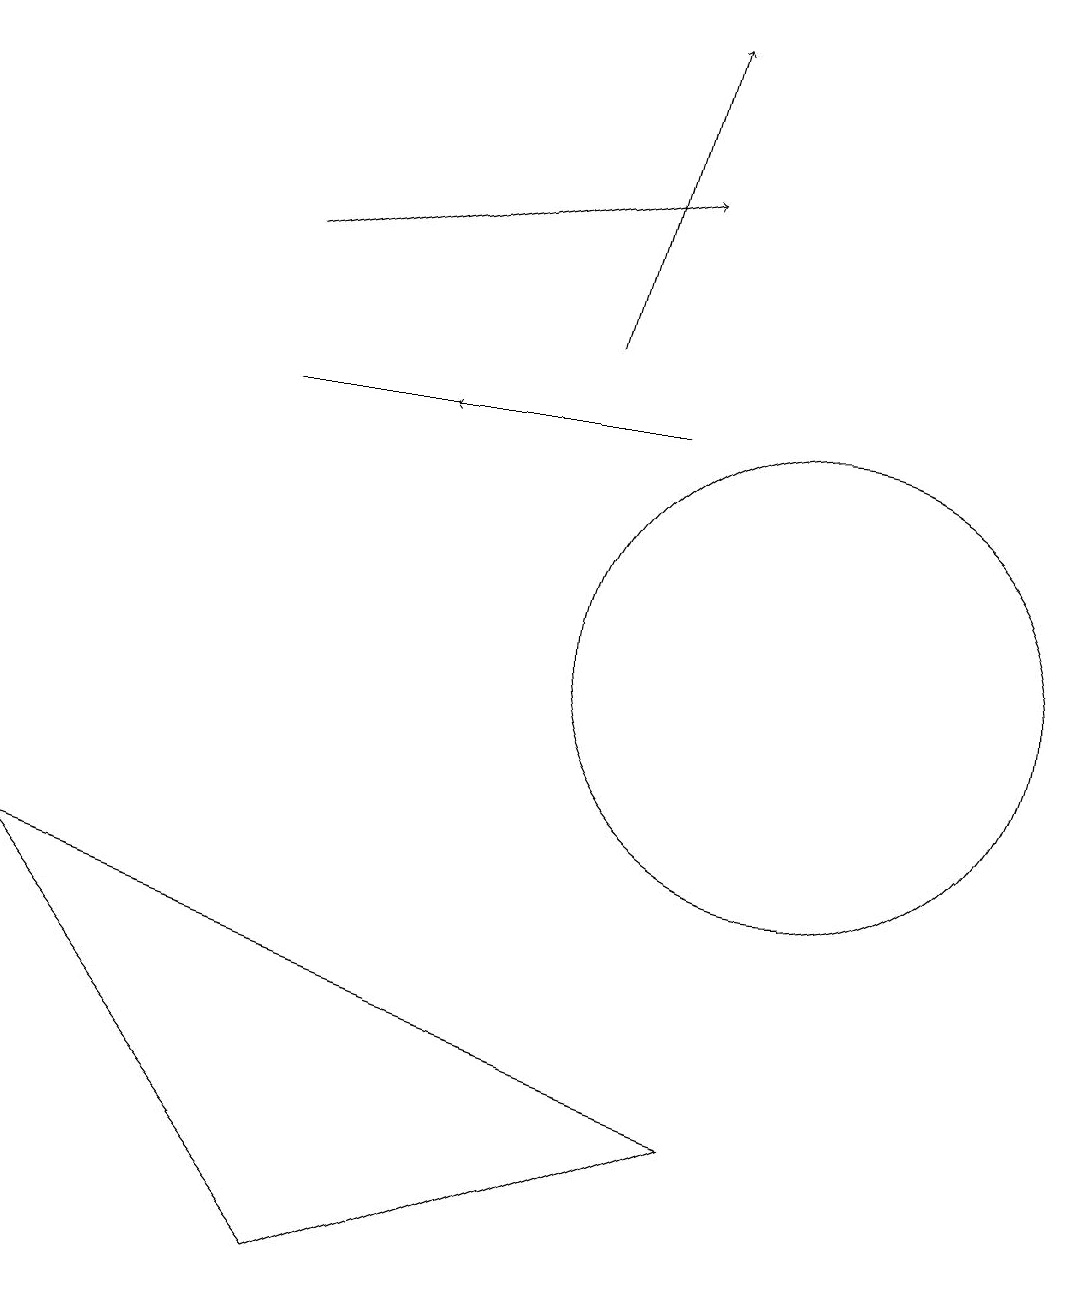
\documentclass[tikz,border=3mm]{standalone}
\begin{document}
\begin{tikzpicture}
\draw (3,13) rectangle (8,13);
\draw (9,4) -- (0,7) -- (4,2) -- cycle;
\draw (10,10) circle (3);
\draw[->] (7,14) -- (8,18);
\draw[->] (8,13) -- (5,13);
\draw[->] (3,15) -- (8,16);
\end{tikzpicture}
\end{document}